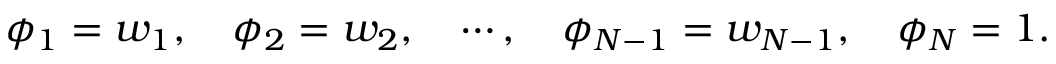
\phi _ { 1 } = w _ { 1 } , \quad \phi _ { 2 } = w _ { 2 } , \quad \cdots , \quad \phi _ { N - 1 } = w _ { N - 1 } , \quad \phi _ { N } = 1 .